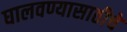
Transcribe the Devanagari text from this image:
घालवण्यासाठीचे